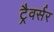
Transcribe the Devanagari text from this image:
ट्रैवर्सर